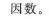
因数。